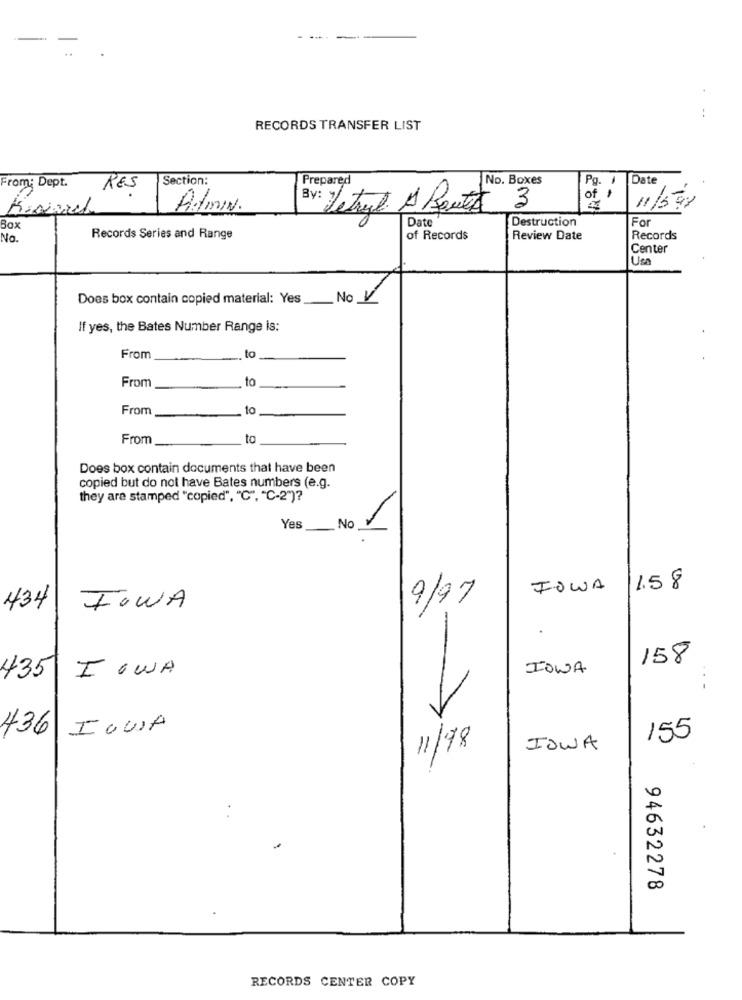
..
RECORDS TRANSFER LIST
Section:
Prepared
No. Boxes
Pg
Date
From, Dept.
RES
of
11/578
Admin.
Letryl A Bout
3
Date
Destruction
For
Box
No.
Records Series and Range
of Records
Review Date
Records
Center
Usa
Does box contain copied material: Yes
No V
If yes, the Bates Number Range is:
From
to
From
to
From
to
From
to
Does box contain documents that have been
copied but do not have Bates numbers (e.g.
they are stamped "copied", "C", "C-2")?
/
Yes
No
FOWA
1.58
9/97
434
TOWA
158
IOWA
435
IOWA
436 IOWA
155
11/98
IOWA
94632278
RECORDS CENTER COPY